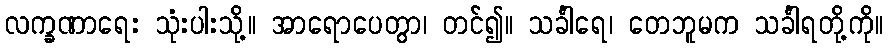
လက္ခဏာရေး သုံးပါးသို့။ အာရောပေတွာ၊ တင်၍။ သင်္ခါရေ၊ တေဘူမက သင်္ခါရတို့ကို။